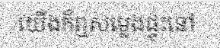
យើងក៏ឮសម្លេងផ្ទុះនៅ